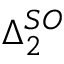
\Delta _ { 2 } ^ { S O }